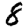
Digit: 8